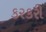
કરકરી